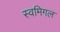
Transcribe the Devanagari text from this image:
स्वमिगल